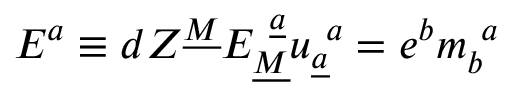
E ^ { a } \equiv d Z ^ { \underline { { { M } } } } E _ { \underline { { { M } } } } ^ { ~ \underline { { { a } } } } u _ { \underline { { { a } } } } ^ { ~ a } = e ^ { b } m _ { b } ^ { ~ a } \qquad